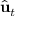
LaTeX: { \hat { \mathbf { u } } } _ { t }